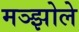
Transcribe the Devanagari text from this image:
मञ्झोले